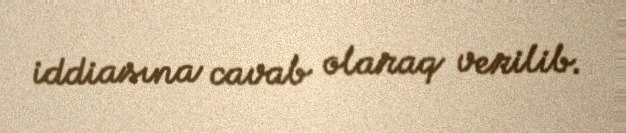
iddiasına cavab olaraq verilib.